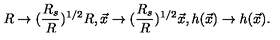
R \rightarrow ( { \frac { R _ { s } } { R } } ) ^ { 1 / 2 } R , \vec { x } \rightarrow ( { \frac { R _ { s } } { R } } ) ^ { 1 / 2 } \vec { x } , h ( \vec { x } ) \rightarrow h ( \vec { x } ) .